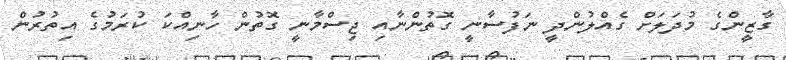
ގާޒީންގެ މުދަލަށް ގެއްލުންދީ ނަފުސާނީ ގޮތުންނާއި ޖިސްމާނީ ގޮތުން ހާނިއްކަ ކުރަމުގެ އިތުރުން